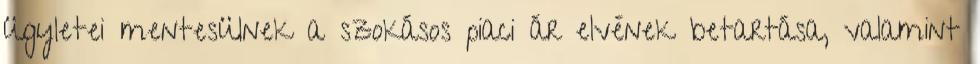
ügyletei mentesülnek a szokásos piaci ár elvének betartása, valamint